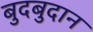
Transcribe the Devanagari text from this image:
बुदबुदान